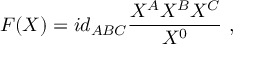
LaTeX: F ( X ) = i d _ { A B C } { \frac { X ^ { A } X ^ { B } X ^ { C } } { X ^ { 0 } } } \ ,